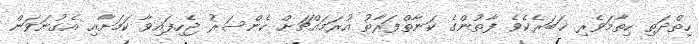
ހިތްދަތި ހިތާމަވެރި ޚަބަރެކެވެ. ފާތުންގެ ކަނާތްފަރާތު އުރަމައްޗަށް ކެންސަރު ޖެހިފައިވާ ކަަމަށާއި އެގުނަވަން